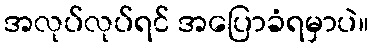
အလုပ်လုပ်ရင် အပြောခံရမှာပဲ။